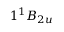
1 ^ { 1 } B _ { 2 u }